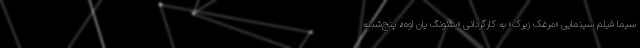
سیما فیلم سینمایی «مرغک زیرک» به کارگردانی «سئونگ یان اوه»، پنج‌شنبه